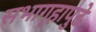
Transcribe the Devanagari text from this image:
सभागृहापुढे